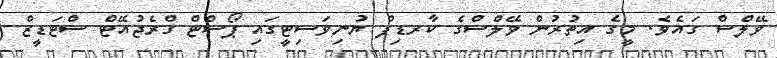
ވޭލްސް ގައެވެ. މީގެ އިތުރުން ވޭލްސްގެ ކާރޑިފް ޔުނިވަސިޓީގައި ޕޯސްޓް ގްރެޖުއޭޓް ސްޓަޑީޒް